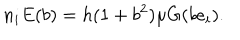
LaTeX: n _ { i } E ( b ) = h ( 1 + b ^ { 2 } ) \mu G ( b e _ { i } ) .